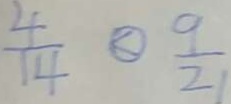
\frac { 4 } { 1 4 } \textcircled { < } \frac { 9 } { 2 1 }